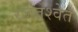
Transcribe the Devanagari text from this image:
रजतश्वेत